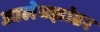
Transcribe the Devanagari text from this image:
आलेक्झांडर